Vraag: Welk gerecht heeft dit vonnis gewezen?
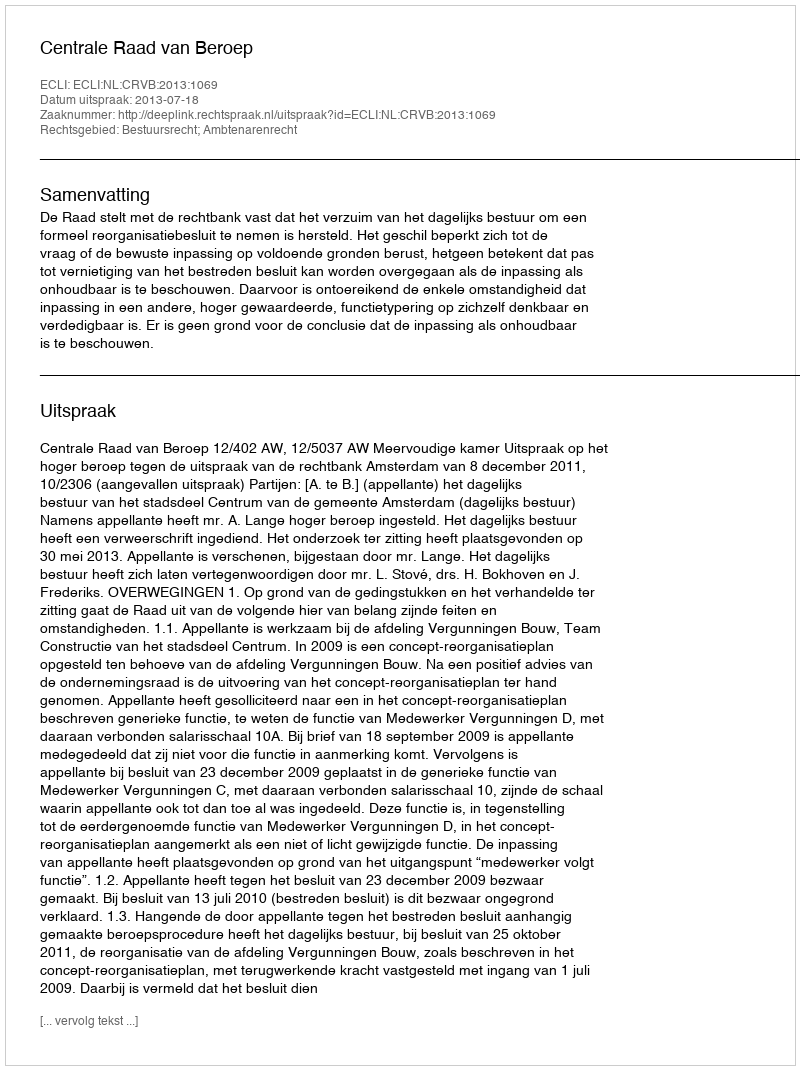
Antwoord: Centrale Raad van Beroep